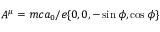
A ^ { \mu } = m c a _ { 0 } / e \{ 0 , 0 , - \sin \phi , \cos \phi \}